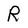
Character: R